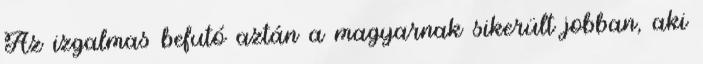
Az izgalmas befutó aztán a magyarnak sikerült jobban, aki